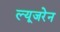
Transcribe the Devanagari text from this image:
ल्यूजरेन